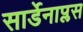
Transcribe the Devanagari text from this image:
सार्डेनाप्लस